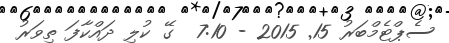
ސެޕްޓެމްބަރު 15